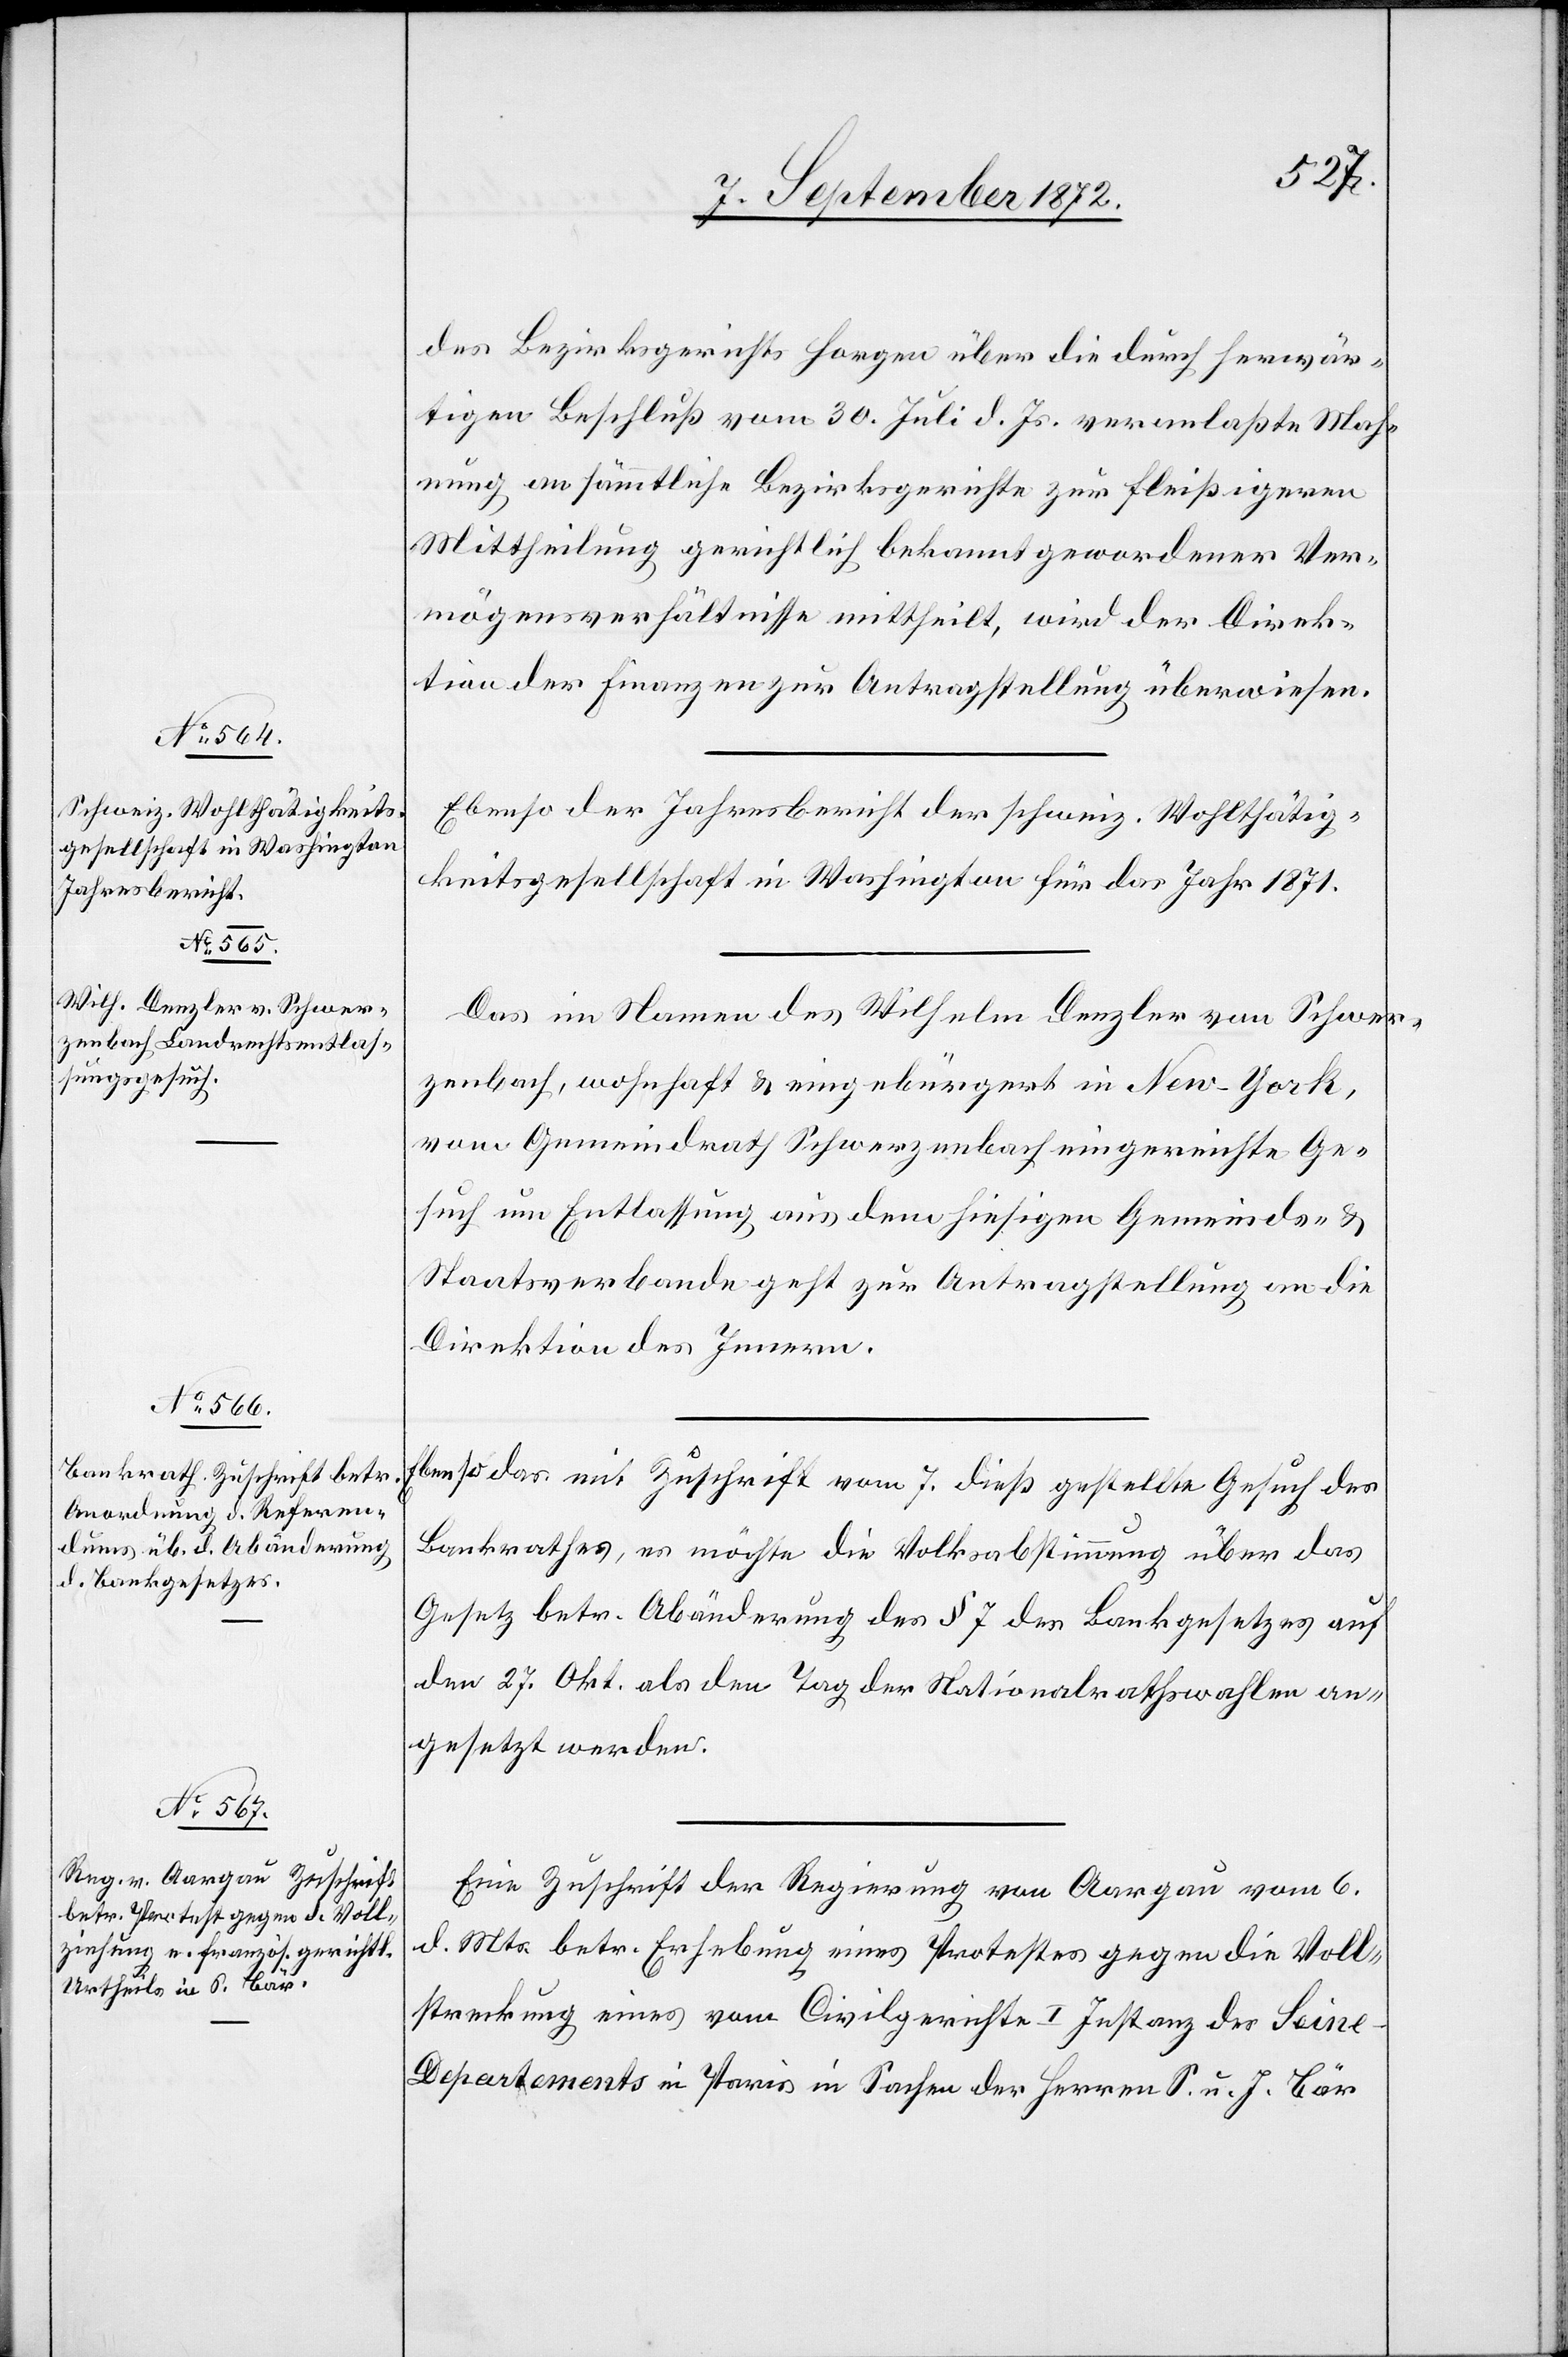
9. September 1872.]
des Bezirksgerichts Horgen über die durch herwär¬
tigen Beschluß vom 30. Juli d. Js. veranlaßte Mah¬
nung an sämmtliche Bezirksgerichte zur fleißigeren
Mittheilung gerichtlich bekannt gewordener Ver¬
mögensverhältnisse mittheilt, wird der Direk¬
tion der Finanzen zur Antragstellung überwiesen.
Ebenso der Jahresbericht der schweiz. Wohlthätig¬
keitsgesellschaft in Washington für das Jahr 1871.
Das im Namen des Wilhelm Denzler von Schwer¬
zenbach, wohnhaft u. eingebürgert in New-York,
vom Gemeindrath Schwerzenbach eingereichte Ge¬
such um Entlassung aus dem hiesigen Gemeinds- u.
Staatsverbande geht zur Antragstellung an die
Direktion des Innern.
Ebenso das mit Zuschrift vom 7. dieß gestellte Gesuch des
Bankrathes, es möchte die Volksabstimmung über das
Gesetz betr. Abänderung des § 7 des Bankgesetzes auf
den 27. Okt. als den Tag der Nationalrathswahlen an¬
gesetzt werden.
Eine Zuschrift der Regierung von Aargau vom 6.
d. Mts. betr. Erhebung eines Protestes gegen die Voll¬
streckung eines vom Civilgerichte I. Instanz des Sein¬
e-Departements in Paris in Sachen der Herren S. u. J. Bär